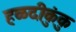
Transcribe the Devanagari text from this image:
हळदीकुंकु